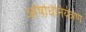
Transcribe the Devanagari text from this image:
ओषधिनियंत्रण